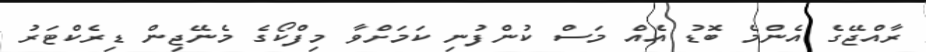
ރާއްޖޭގެ އެންމެ ބޮޑު އެއް މަސް ކުންފުނި ކަމަށްވާ މިފްކޯގެ މެނޭޖިން ޑިރެކްޓަރު